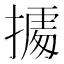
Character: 𢴃